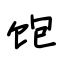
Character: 饱